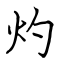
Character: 灼